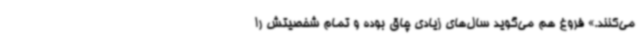
می‌کنند.» فروغ هم می‌گوید سال‌های زیادی چاق بوده و تمام شخصیتش را